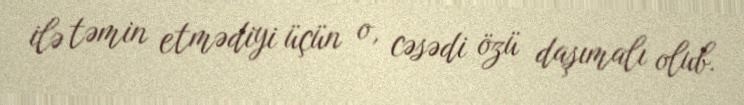
ilə təmin etmədiyi üçün o, cəsədi özü daşımalı olub.